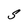
Character: S